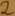
Text: 2